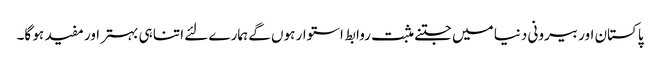
پاکستان اور بیرونی دنیا میں جتنے مثبت روابط استوار ہوں گے ہمارے لئے اتنا ہی بہتر اور مفید ہو گا۔